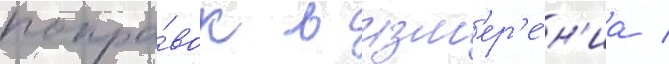
попра́вок в изм'ер'е́н'иа /